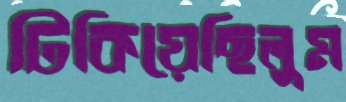
টিকিয়েছিলুম